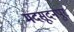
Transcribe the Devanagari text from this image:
मदसूदनपुर